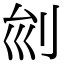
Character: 𠛏